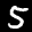
Label: 5